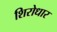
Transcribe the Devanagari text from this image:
शिरोधार